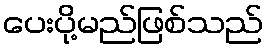
ပေးပို့မည်ဖြစ်သည်